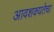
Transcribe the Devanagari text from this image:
आवशक्यतेचा